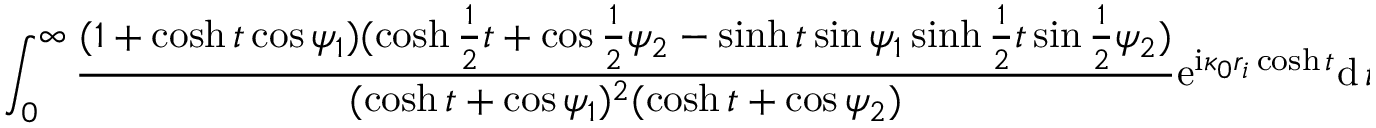
\int _ { 0 } ^ { \infty } \frac { ( 1 + \cosh t \cos \psi _ { 1 } ) ( \cosh \frac { 1 } { 2 } t + \cos \frac { 1 } { 2 } \psi _ { 2 } - \sinh t \sin \psi _ { 1 } \sinh \frac { 1 } { 2 } t \sin \frac { 1 } { 2 } \psi _ { 2 } ) } { ( \cosh t + \cos \psi _ { 1 } ) ^ { 2 } ( \cosh t + \cos \psi _ { 2 } ) } \mathrm { e } ^ { \mathrm { i } \kappa _ { 0 } r _ { i } \cosh t } \mathrm { d } \, t .